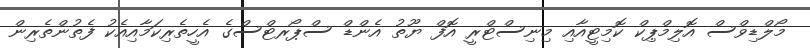
މޯލްޑިވްސް އޮލިމްޕިކް ކޮމިޓީއާއި މިނިސްޓްރީ އޮފް ޔޫތު އެންޑް ސްޕޯރޓްސްގެ އެހީތެރިކަމާއިއެކު ފެތުންތެރިން